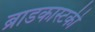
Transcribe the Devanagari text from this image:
ब्राडकास्टकी